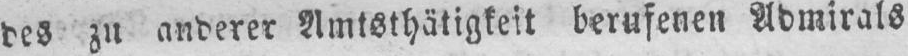
des zu anderer Amtsthätigkeit berufenen Admirals